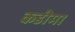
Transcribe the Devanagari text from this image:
कडीमा